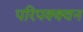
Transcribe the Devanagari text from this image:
परिपक्क्वन